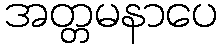
အတ္တမနာပေ